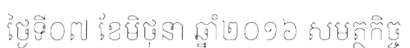
ថ្ងៃទី០៧ ខែមិថុនា ឆ្នាំ២០១៦ សមត្ថកិច្ច